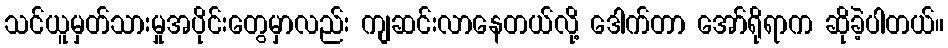
သင်ယူမှတ်သားမှုအပိုင်းတွေမှာလည်း ကျဆင်းလာနေတယ်လို့ ဒေါက်တာ အော်ရိုရာက ဆိုခဲ့ပါတယ်။